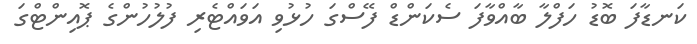
ކަނޑާފަ ބޮޑު ހަފްލާ ބާއްވާފަ ސެކަންޑް ފޭސްގަ ހުޅުވި އަވައްޓެރި ފުލުހުންގެ ޕޮއިންޓްގަ